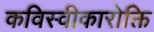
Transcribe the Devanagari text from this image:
कविस्वीकारोक्ति